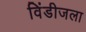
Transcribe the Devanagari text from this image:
विंडीजला